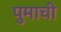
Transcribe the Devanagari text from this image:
पुमाची